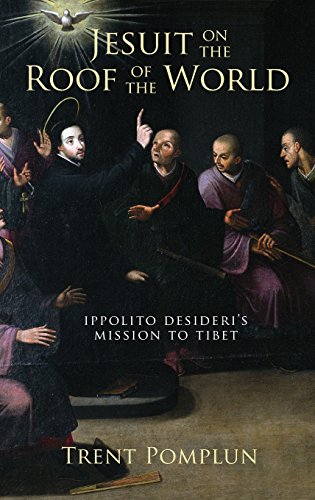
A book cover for Jesuit on the Roof of the World: Ippolito Desideri's Mission to Tibet; Trent Pomplun; Biographies & Memoirs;